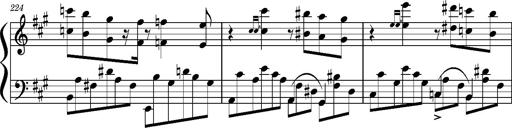
Title: Concerto sans orchestre, S.524a
Composer: Franz Liszt
Key: A major